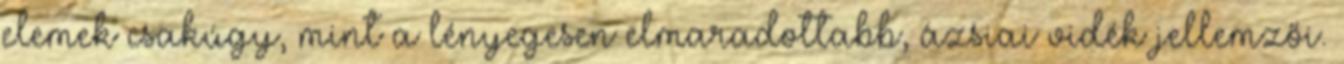
elemek csakúgy, mint a lényegesen elmaradottabb, ázsiai vidék jellemzői.